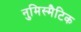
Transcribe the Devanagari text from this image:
नुमिस्मैटिक